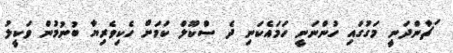
ަޗާންދަނީ މަގުގައި ހުންނަނީ ހަމައެކަނި ދެ ސްކޫލް ކަމަށް ހެކިވެރިޔާ ބުނުމުން ވަކީލު